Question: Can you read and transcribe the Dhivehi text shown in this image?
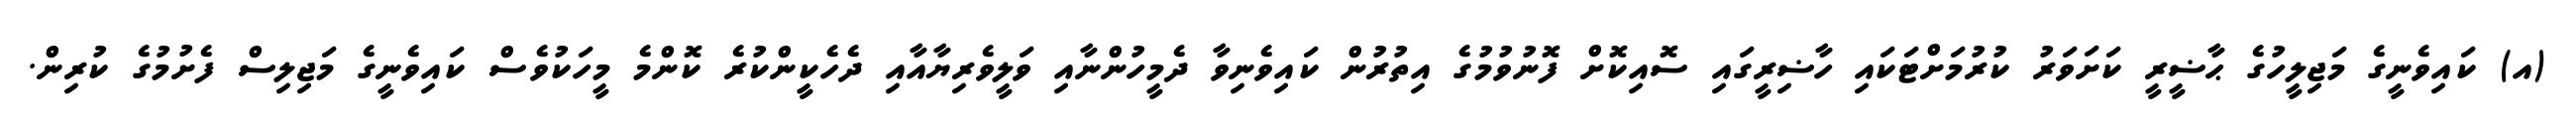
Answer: (އ) ކައިވެނީގެ މަޖިލީހުގެ ޙާޟީރީ ކަށަވަރު ކުރުމަށްޓަކައި ހާޟިރީގައި ސޮއިކޮށް ފޮނުވުމުގެ އިތުރުން ކައިވެނިވާ ދެމީހުންނާއި ވަލީވެރިޔާއާއި ދެހެކީންކުރެ ކޮންމެ މީހަކުވެސް ކައިވެނީގެ މަޖިލިސް ފެށުމުގެ ކުރިން.